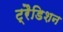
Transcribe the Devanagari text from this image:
ट्रैडिशन